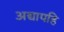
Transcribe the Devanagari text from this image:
अद्यापहि